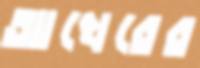
আখেরের